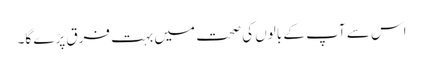
اس سے آپ کے بالوں کی صحت میں بہت فرق پڑے گا۔